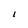
Character: l